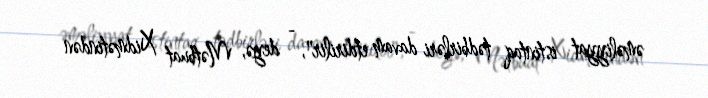
əməliyyat istintaq tədbirləri davam etdirilir", - deyə, Mətbuat Xidmətindən